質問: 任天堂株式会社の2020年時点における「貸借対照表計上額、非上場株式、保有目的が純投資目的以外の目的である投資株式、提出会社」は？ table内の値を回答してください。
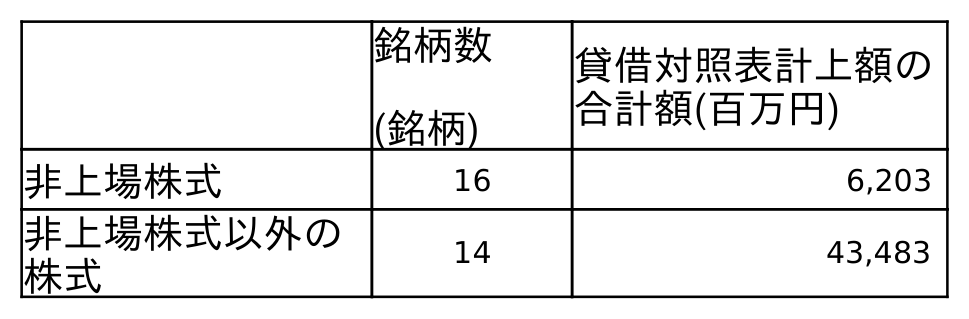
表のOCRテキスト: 銘柄数 (銘柄) 貸借対照表計上額の 合計額(百万円) 非上場株式 16 6,203 非上場株式以外の 株式 14 43,483
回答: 6,203